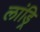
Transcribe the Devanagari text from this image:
लांड्रि